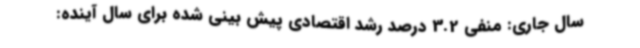
سال جاری: منفی 3.2 درصد رشد اقتصادی پیش بینی شده برای سال آینده: